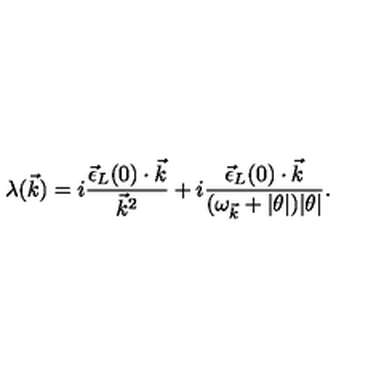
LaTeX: \lambda ( \vec { k } ) = i \frac { { \vec { \epsilon } } _ { L } ( 0 ) \cdot \vec { k } } { { \vec { k } } ^ { 2 } } + i \frac { { \vec { \epsilon } } _ { L } ( 0 ) \cdot \vec { k } } { ( \omega _ { \vec { k } } + | \theta | ) | \theta | } .